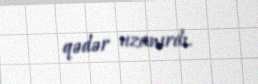
qədər uzanırdı.